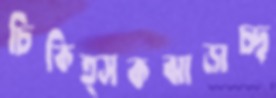
চিকিত্সকঝাড়াচ্ছ